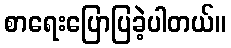
စာရေးပြောပြခဲ့ပါတယ်။